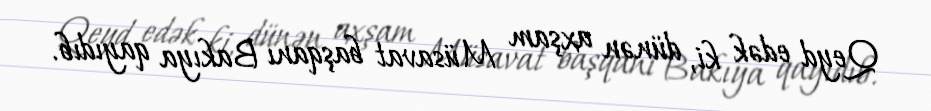
Qeyd edək ki, dünən axşam Müsavat başqanı Bakıya qayıdıb.